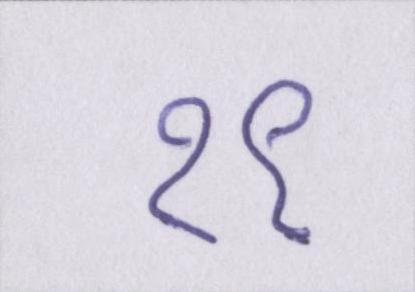
१९